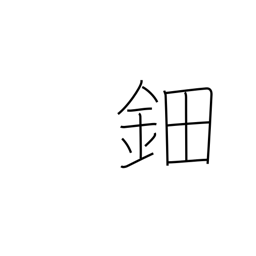
Meaning: ornamental hairpiece